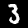
Label: 3